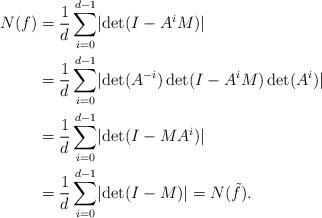
LaTeX: \begin{align*} N(f)&=\frac{1}{d}\sum_{i=0}^{d-1} \lvert\det(I-A^i M)\rvert\\ &=\frac{1}{d}\sum_{i=0}^{d-1} \lvert \det(A^{-i})\det(I-A^i M)\det(A^i)\rvert\\ &=\frac{1}{d}\sum_{i=0}^{d-1} \lvert \det(I- MA^i)\rvert\\ &=\frac{1}{d}\sum_{i=0}^{d-1} \lvert \det(I- M)\rvert =N(\tilde f).\end{align*}